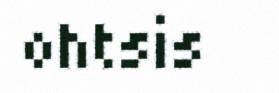
ohtsis